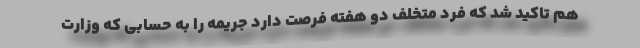
هم تاکید شد که فرد متخلف دو هفته فرصت دارد جریمه را به حسابی که وزارت